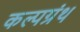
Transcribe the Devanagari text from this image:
कल्पग्रंथ